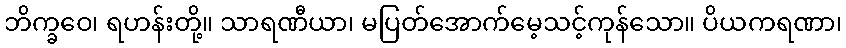
ဘိက္ခဝေ၊ ရဟန်းတို့။ သာရဏီယာ၊ မပြတ်အောက်မေ့သင့်ကုန်သော။ ပိယကရဏာ၊